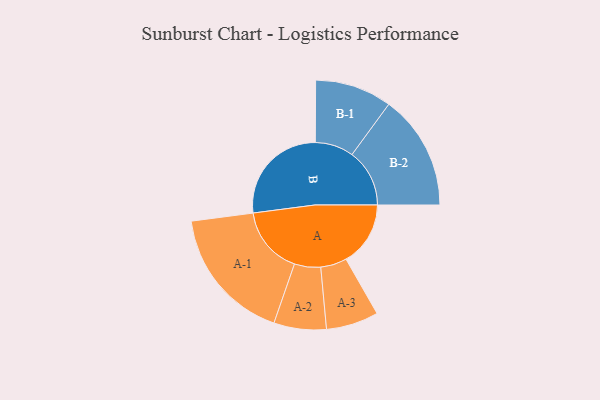
{"axis": {"x": "Segment", "y": "Value"}, "legend": ["", "A", "B"], "data": [{"x": "A", "y": 263, "type": ""}, {"x": "B", "y": 427, "type": ""}, {"x": "A-1", "y": 277, "type": "A"}, {"x": "A-2", "y": 107, "type": "A"}, {"x": "A-3", "y": 107, "type": "A"}, {"x": "B-1", "y": 157, "type": "B"}, {"x": "B-2", "y": 235, "type": "B"}]}